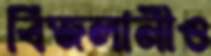
বিজলানীও